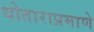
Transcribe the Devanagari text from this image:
धोताराप्रमाणे